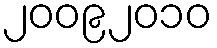
၂၀၀၉၂၀၁၀